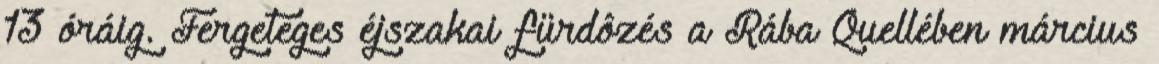
13 óráig. Fergeteges éjszakai fürdôzés a Rába Quellében március